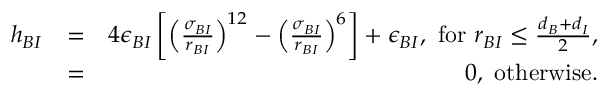
\begin{array} { r l r } { h _ { B I } } & { = } & { 4 \epsilon _ { B I } \left[ \left( \frac { \sigma _ { B I } } { r _ { B I } } \right) ^ { 1 2 } - \left( \frac { \sigma _ { B I } } { r _ { B I } } \right) ^ { 6 } \right] + \epsilon _ { B I } , \mathrm { ~ f o r ~ } r _ { B I } \leq \frac { d _ { B } + d _ { I } } { 2 } , } \\ & { = } & { 0 , \mathrm { ~ o t h e r w i s e } . } \end{array}